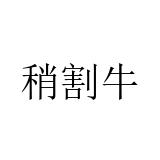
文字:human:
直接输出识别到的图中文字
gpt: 稍割牛